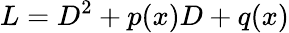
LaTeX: L=D^{2}+p(x)D+q(x)